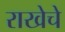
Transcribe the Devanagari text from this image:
राखेचे